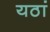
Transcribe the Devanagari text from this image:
यठां